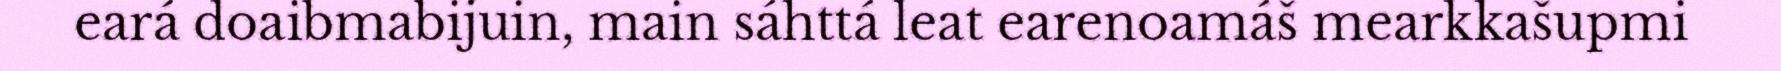
eará doaibmabijuin, main sáhttá leat earenoamáš mearkkašupmi